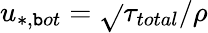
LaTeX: u_{*,\mathtt{b}ot}=\sqrt{}{{\tau_{total}/\rho}}